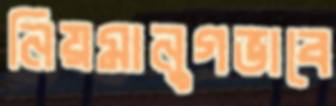
নিয়মানুগভাবে